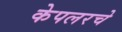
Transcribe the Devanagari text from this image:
केपलरचे